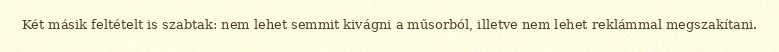
Két másik feltételt is szabtak: nem lehet semmit kivágni a műsorból, illetve nem lehet reklámmal megszakítani.